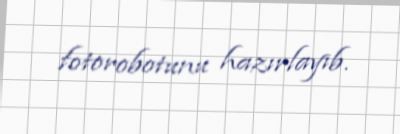
fotorobotunu hazırlayıb.